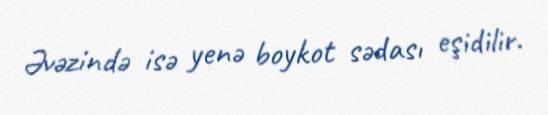
Əvəzində isə yenə boykot sədası eşidilir.